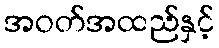
အဝတ်အထည်နှင့်